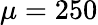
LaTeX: \mu=250